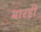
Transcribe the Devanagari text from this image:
बारहीं